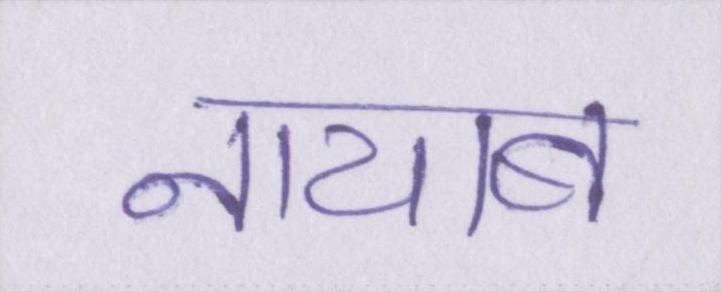
नायाब